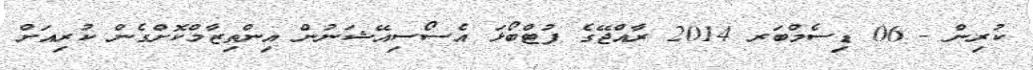
ކުރިން - 06 ޑިސެމްބަރ 2014 ރާއްޖޭގެ ފުޓްބޯޅަ އެސޯސިއޭޝަނުން އިންތިޒާމްކޮށްގެން ކުރިއަށް